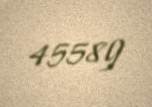
45589